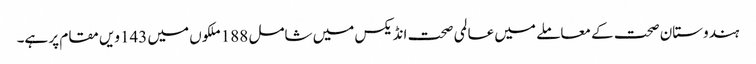
ہندوستان صحت کے معاملے میں عالمی صحت انڈیکس میں شامل 188ملکوں میں 143ویں مقام پر ہے۔